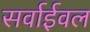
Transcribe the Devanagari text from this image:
सर्वाईवल